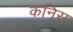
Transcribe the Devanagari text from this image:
कनिस